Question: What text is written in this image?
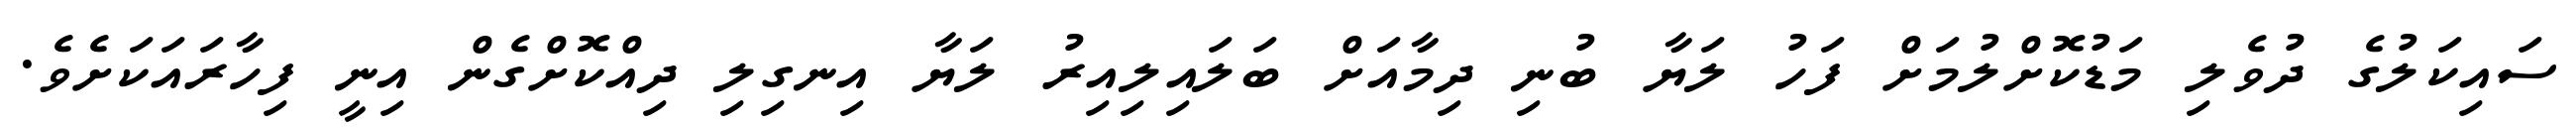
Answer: ސައިކަލުގެ ދުވެލި މަޑުކޮށްލުމަށް ފަހު ލަޔާ ބުނި ދިމާއަށް ބަލައިލިއިރު ލަޔާ އިނގިލި ދިއްކޮށްގެން އިނީ ފިހާރައަކަށެވެ.